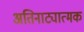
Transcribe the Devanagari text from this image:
अतिनाट्यात्मक